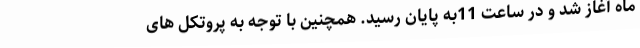
ماه آغاز شد و در ساعت 11به پایان رسید. همچنین با توجه به پروتکل های